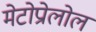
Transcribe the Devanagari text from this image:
मेटोप्रोलोल